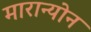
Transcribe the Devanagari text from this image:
मारान्योन